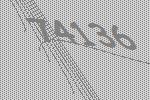
74136